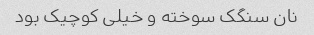
نان سنگک سوخته و خیلی کوچیک بود